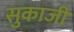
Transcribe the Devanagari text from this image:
सुकाजी